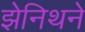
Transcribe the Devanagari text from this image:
झेनिथने